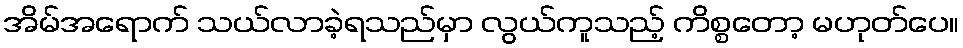
အိမ်အရောက် သယ်လာခဲ့ရသည်မှာ လွယ်ကူသည့် ကိစ္စတော့ မဟုတ်ပေ။